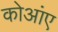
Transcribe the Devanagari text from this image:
कोआंए